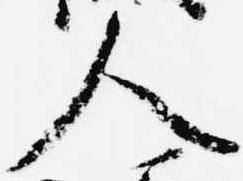
人